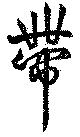
帯